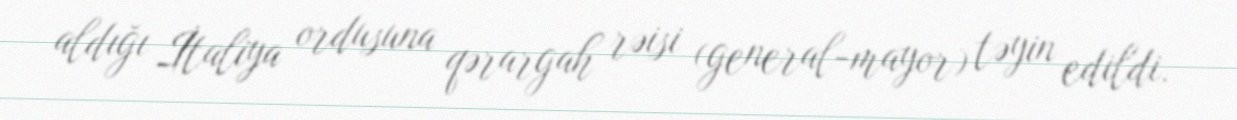
aldığı İtaliya ordusuna qərargah rəisi (general-mayor) təyin edildi.